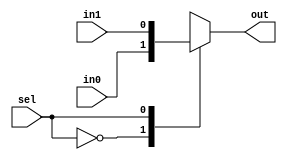
module cmn_Mux2 (
	in0,
	in1,
	sel,
	out
);
	parameter p_nbits = 1;
	input wire [p_nbits - 1:0] in0;
	input wire [p_nbits - 1:0] in1;
	input wire sel;
	output reg [p_nbits - 1:0] out;
	always @(*)
		case (sel)
			1'd0: out = in0;
			1'd1: out = in1;
			default: out = {p_nbits {1'bx}};
		endcase
endmodule
module cmn_Mux3 (
	in0,
	in1,
	in2,
	sel,
	out
);
	parameter p_nbits = 1;
	input wire [p_nbits - 1:0] in0;
	input wire [p_nbits - 1:0] in1;
	input wire [p_nbits - 1:0] in2;
	input wire [1:0] sel;
	output reg [p_nbits - 1:0] out;
	always @(*)
		case (sel)
			2'd0: out = in0;
			2'd1: out = in1;
			2'd2: out = in2;
			default: out = {p_nbits {1'bx}};
		endcase
endmodule
module cmn_Mux4 (
	in0,
	in1,
	in2,
	in3,
	sel,
	out
);
	parameter p_nbits = 1;
	input wire [p_nbits - 1:0] in0;
	input wire [p_nbits - 1:0] in1;
	input wire [p_nbits - 1:0] in2;
	input wire [p_nbits - 1:0] in3;
	input wire [1:0] sel;
	output reg [p_nbits - 1:0] out;
	always @(*)
		case (sel)
			2'd0: out = in0;
			2'd1: out = in1;
			2'd2: out = in2;
			2'd3: out = in3;
			default: out = {p_nbits {1'bx}};
		endcase
endmodule
module cmn_Mux5 (
	in0,
	in1,
	in2,
	in3,
	in4,
	sel,
	out
);
	parameter p_nbits = 1;
	input wire [p_nbits - 1:0] in0;
	input wire [p_nbits - 1:0] in1;
	input wire [p_nbits - 1:0] in2;
	input wire [p_nbits - 1:0] in3;
	input wire [p_nbits - 1:0] in4;
	input wire [2:0] sel;
	output reg [p_nbits - 1:0] out;
	always @(*)
		case (sel)
			3'd0: out = in0;
			3'd1: out = in1;
			3'd2: out = in2;
			3'd3: out = in3;
			3'd4: out = in4;
			default: out = {p_nbits {1'bx}};
		endcase
endmodule
module cmn_Mux6 (
	in0,
	in1,
	in2,
	in3,
	in4,
	in5,
	sel,
	out
);
	parameter p_nbits = 1;
	input wire [p_nbits - 1:0] in0;
	input wire [p_nbits - 1:0] in1;
	input wire [p_nbits - 1:0] in2;
	input wire [p_nbits - 1:0] in3;
	input wire [p_nbits - 1:0] in4;
	input wire [p_nbits - 1:0] in5;
	input wire [2:0] sel;
	output reg [p_nbits - 1:0] out;
	always @(*)
		case (sel)
			3'd0: out = in0;
			3'd1: out = in1;
			3'd2: out = in2;
			3'd3: out = in3;
			3'd4: out = in4;
			3'd5: out = in5;
			default: out = {p_nbits {1'bx}};
		endcase
endmodule
module cmn_Mux7 (
	in0,
	in1,
	in2,
	in3,
	in4,
	in5,
	in6,
	sel,
	out
);
	parameter p_nbits = 1;
	input wire [p_nbits - 1:0] in0;
	input wire [p_nbits - 1:0] in1;
	input wire [p_nbits - 1:0] in2;
	input wire [p_nbits - 1:0] in3;
	input wire [p_nbits - 1:0] in4;
	input wire [p_nbits - 1:0] in5;
	input wire [p_nbits - 1:0] in6;
	input wire [2:0] sel;
	output reg [p_nbits - 1:0] out;
	always @(*)
		case (sel)
			3'd0: out = in0;
			3'd1: out = in1;
			3'd2: out = in2;
			3'd3: out = in3;
			3'd4: out = in4;
			3'd5: out = in5;
			3'd6: out = in6;
			default: out = {p_nbits {1'bx}};
		endcase
endmodule
module cmn_Mux8 (
	in0,
	in1,
	in2,
	in3,
	in4,
	in5,
	in6,
	in7,
	sel,
	out
);
	parameter p_nbits = 1;
	input wire [p_nbits - 1:0] in0;
	input wire [p_nbits - 1:0] in1;
	input wire [p_nbits - 1:0] in2;
	input wire [p_nbits - 1:0] in3;
	input wire [p_nbits - 1:0] in4;
	input wire [p_nbits - 1:0] in5;
	input wire [p_nbits - 1:0] in6;
	input wire [p_nbits - 1:0] in7;
	input wire [2:0] sel;
	output reg [p_nbits - 1:0] out;
	always @(*)
		case (sel)
			3'd0: out = in0;
			3'd1: out = in1;
			3'd2: out = in2;
			3'd3: out = in3;
			3'd4: out = in4;
			3'd5: out = in5;
			3'd6: out = in6;
			3'd7: out = in7;
			default: out = {p_nbits {1'bx}};
		endcase
endmodule
module cmn_MuxN (
	in,
	sel,
	out
);
	parameter nbits = 1;
	parameter ninputs = 2;
	input wire [(ninputs * nbits) - 1:0] in;
	input wire [$clog2(ninputs) - 1:0] sel;
	output wire [nbits - 1:0] out;
	assign out = in[((ninputs - 1) - sel) * nbits+:nbits];
endmodule